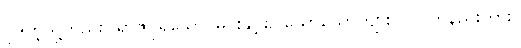
ပုဒ်ကဲ့သို့တည်း။ ရာဇပုရိသော၊ မင်းနှင့်စပ်သောယောက်ျား။ ဝါ၊ တနည်းကား။